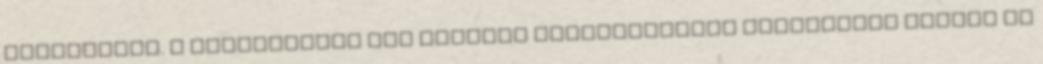
degradálja. A nyelvtanuló nem komplex kommunikációs eszközként tekint az